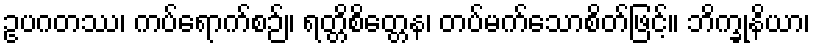
ဥပဂတဿ၊ ကပ်ရောက်စဉ်။ ရတ္တိစိတ္တေန၊ တပ်မက်သောစိတ်ဖြင့်။ ဘိက္ခုနိယာ၊